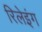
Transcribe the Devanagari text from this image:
रिलेइंग